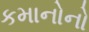
કમાનોનો